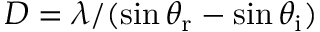
D = \lambda / ( \sin { \theta _ { \mathrm { r } } } - \sin { \theta _ { \mathrm { i } } } )